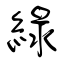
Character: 綠